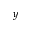
y